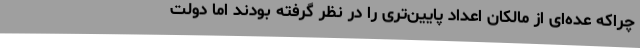
چراکه عده‌ای از مالکان اعداد پایین‌تری را در نظر گرفته بودند اما دولت